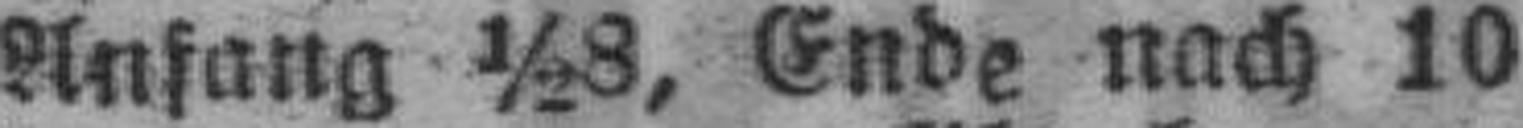
Anfang ½8, Ende nach 10.